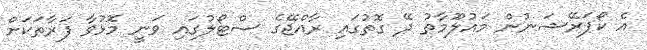
އެ ކޯޕަރޭޝަނުން މައުލޫމާތު ދޭ ގޮތުގައި ރާއްޖޭގެ ސްޓޯލުގައި ވަނީ މޮޅުވާ ފަރާތަކަށް